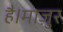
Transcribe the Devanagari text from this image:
है।माज़ुर